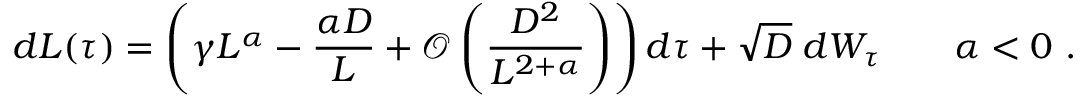
d L ( \tau ) = \left( \gamma L ^ { \alpha } - \frac { \alpha D } { L } + \mathcal { O } \left( \frac { D ^ { 2 } } { L ^ { 2 + \alpha } } \right) \right) d \tau + \sqrt { D } \; d W _ { \tau } \qquad \alpha < 0 \ .